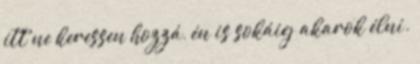
itt ne keressen hozzá, én is sokáig akarok élni.